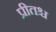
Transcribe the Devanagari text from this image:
प्रीतश्च